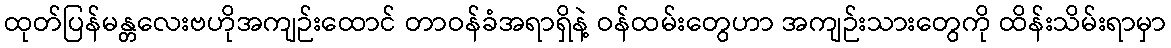
ထုတ်ပြန်မန္တလေးဗဟိုအကျဉ်းထောင် တာဝန်ခံအရာရှိနဲ့ ဝန်ထမ်းတွေဟာ အကျဉ်းသားတွေကို ထိန်းသိမ်းရာမှာ